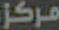
مركز